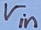
Text: Vin